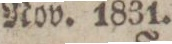
Nov. 1831.